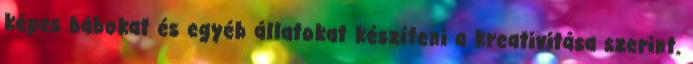
képes bábokat és egyéb állatokat készíteni a kreativitása szerint.